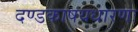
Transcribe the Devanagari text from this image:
दण्डकाषयधारणः